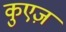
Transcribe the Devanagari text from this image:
कुएज़